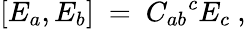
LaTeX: [E_{a},E_{b}]\ =\ C_{ab}{}^{c}E_{c}~,